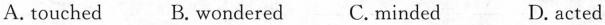
A.touched B.wondered C.minded D.acted